Annual administration report of the Civil Veterinary Department, Ajmere-Merwara, British Rajputana - 1914-1940
Year: 1914
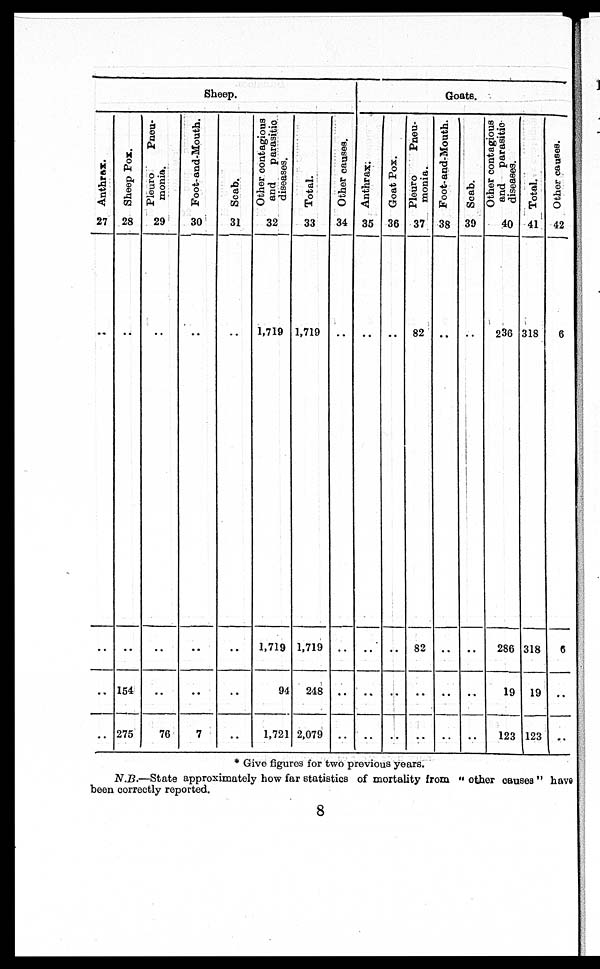
Sheep.
Anthrax.
27
..
..
..
..
Sheep Pox.
28
..
..
154
275
Pleuro
Pneu-
monia.
29
..
..
..
76
Foot-and-Mouth.
30
..
..
..
7
Scab.
31
..
..
..
..
Other contagious
and
parasitic
diseases.
32
1,719
1,719
94
1,721
Total.
33
1,719
1,719
248
2,079
Other causes.
34
..
..
..
..
Goats.
Anthrax.
35
..
..
..
..
Goat Pox.
36
..
..
..
..
Pleuro
Pneu-
monia.
37
82
82
..
..
Foot-and-Mouth.
38
..
..
..
..
Scab.
39
..
..
..
..
Other contagious
and
parasitic
diseases.
40
236
286
19
123
Total.
41
318
318
19
123
Other causes.
42
6
6
..
..
* Give figures for two previous years.
N.B.—State
approximately how far statistics of mortality from "other causes" have
been correctly reported.
8